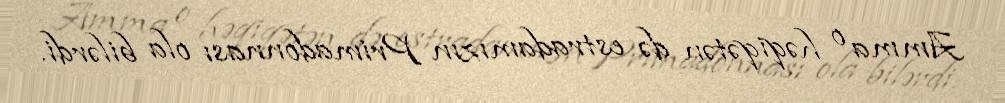
Amma o həqiqətən də estradamızın Primadonnası ola bilərdi.